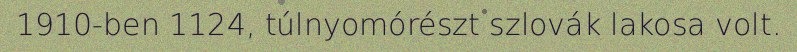
1910-ben 1124, túlnyomórészt szlovák lakosa volt.